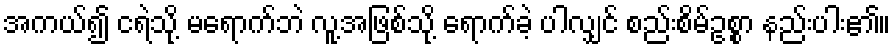
အကယ်၍ ငရဲသို့ မရောက်ဘဲ လူ့အဖြစ်သို့ ရောက်ခဲ့ ပါလျှင် စည်းစိမ်ဥစ္စာ နည်းပါး၏။